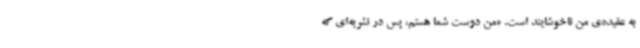
به عقیده‌ی من ناخوشایند است. «من دوست شما هستم، پس در نشریه‌ای که